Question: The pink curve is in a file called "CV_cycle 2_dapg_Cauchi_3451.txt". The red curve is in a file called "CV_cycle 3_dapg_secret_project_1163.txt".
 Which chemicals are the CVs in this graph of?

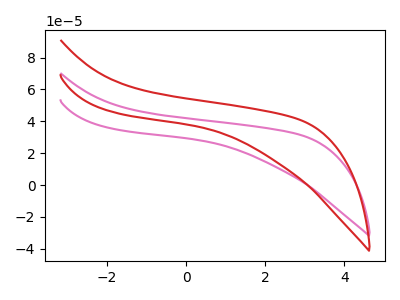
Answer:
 <answer>The pink curve is labeled "dapg_cycle 2". The red curve is labeled "dapg_cycle 3".</answer>
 <eval></eval>